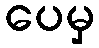
ပေမှ